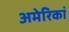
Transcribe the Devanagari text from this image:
अमेरिकां